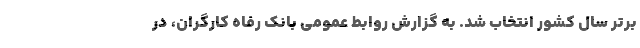
برتر سال کشور انتخاب شد. به گزارش روابط عمومی بانک رفاه کارگران، در